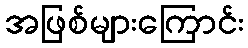
အဖြစ်များကြောင်း